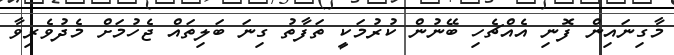
މާގިނައިން ފޮނި އެއްޗެހި ބޭނުން ކުރުމަކީ ތަފާތު ގިނަ ބަލިތައް ޖެހުމަށް މެދުވެރިވާ